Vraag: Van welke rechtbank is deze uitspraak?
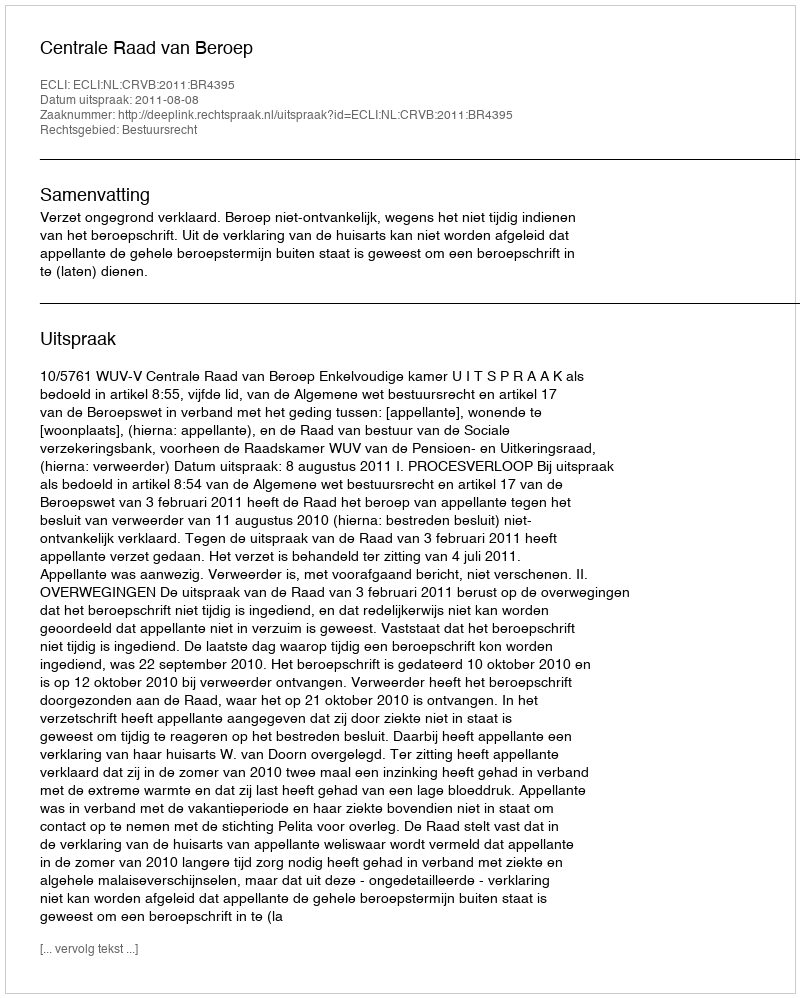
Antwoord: Centrale Raad van Beroep